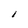
Character: I